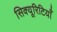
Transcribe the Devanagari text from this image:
सिक्यूरिटियाँ